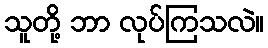
သူတို့ ဘာ လုပ်ကြသလဲ။